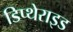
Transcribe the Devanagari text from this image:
डिप्थेराइड